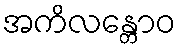
အကိလန္တောဝ